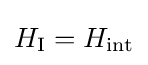
H_{\mathrm {I} }=H_{\mathrm {int} }